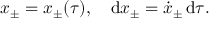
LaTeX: x _ { \pm } = x _ { \pm } ( \tau ) , \quad \mathrm { d } x _ { \pm } = \dot { x } _ { \pm } \, \mathrm { d } \tau .